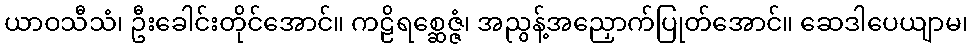
ယာဝသီသံ၊ ဦးခေါင်းတိုင်အောင်။ ကဠိရစ္ဆေဇ္ဇံ၊ အညွန့်အညှောက်ပြုတ်အောင်။ ဆေဒါပေယျာမ၊